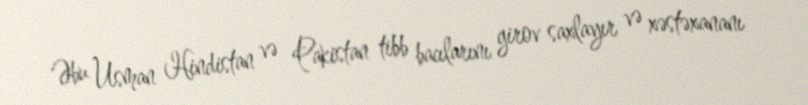
Əbu Usman Hindistan və Pakistan tibb bacılarını girov saxlayır və xəstəxananı